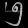
Digit: ၅